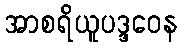
အာစရိယူပဒ္ဒဝေန